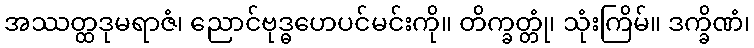
အဿတ္ထဒုမရာဇံ၊ ညောင်ဗုဒ္ဓဟေပင်မင်းကို။ တိက္ခတ္တုံ၊ သုံးကြိမ်။ ဒက္ခိဏံ၊